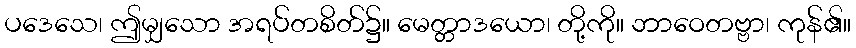
ပဒေသေ၊ ဤမျှသော အရပ်တစိတ်၌။ မေတ္တာဒယော၊ တို့ကို။ ဘာဝေတဗ္ဗာ၊ ကုန်၏။